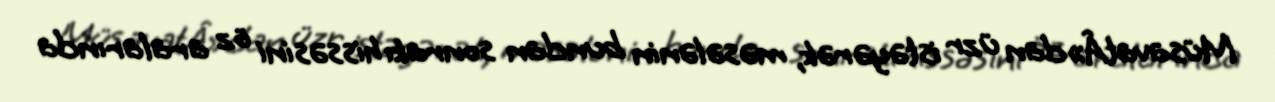
MüsavatÂ»dan üzr istəyərək, məsələnin bundan sonrakı hissəsini öz aralarında